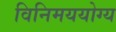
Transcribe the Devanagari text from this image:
विनिमययोग्य